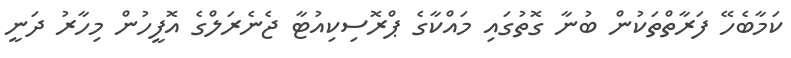
ކަމާބެހޭ ފަރާތްތަކުން ބުނާ ގޮތުގައި މައްކާގެ ޕްރޮސިކިއުޓާ ޖެނެރަލްގެ އޮފީހުން މިހާރު ދަނީ